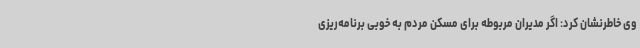
وی خاطرنشان کرد: اگر مدیران مربوطه برای مسکن مردم به خوبی برنامه‌ریزی